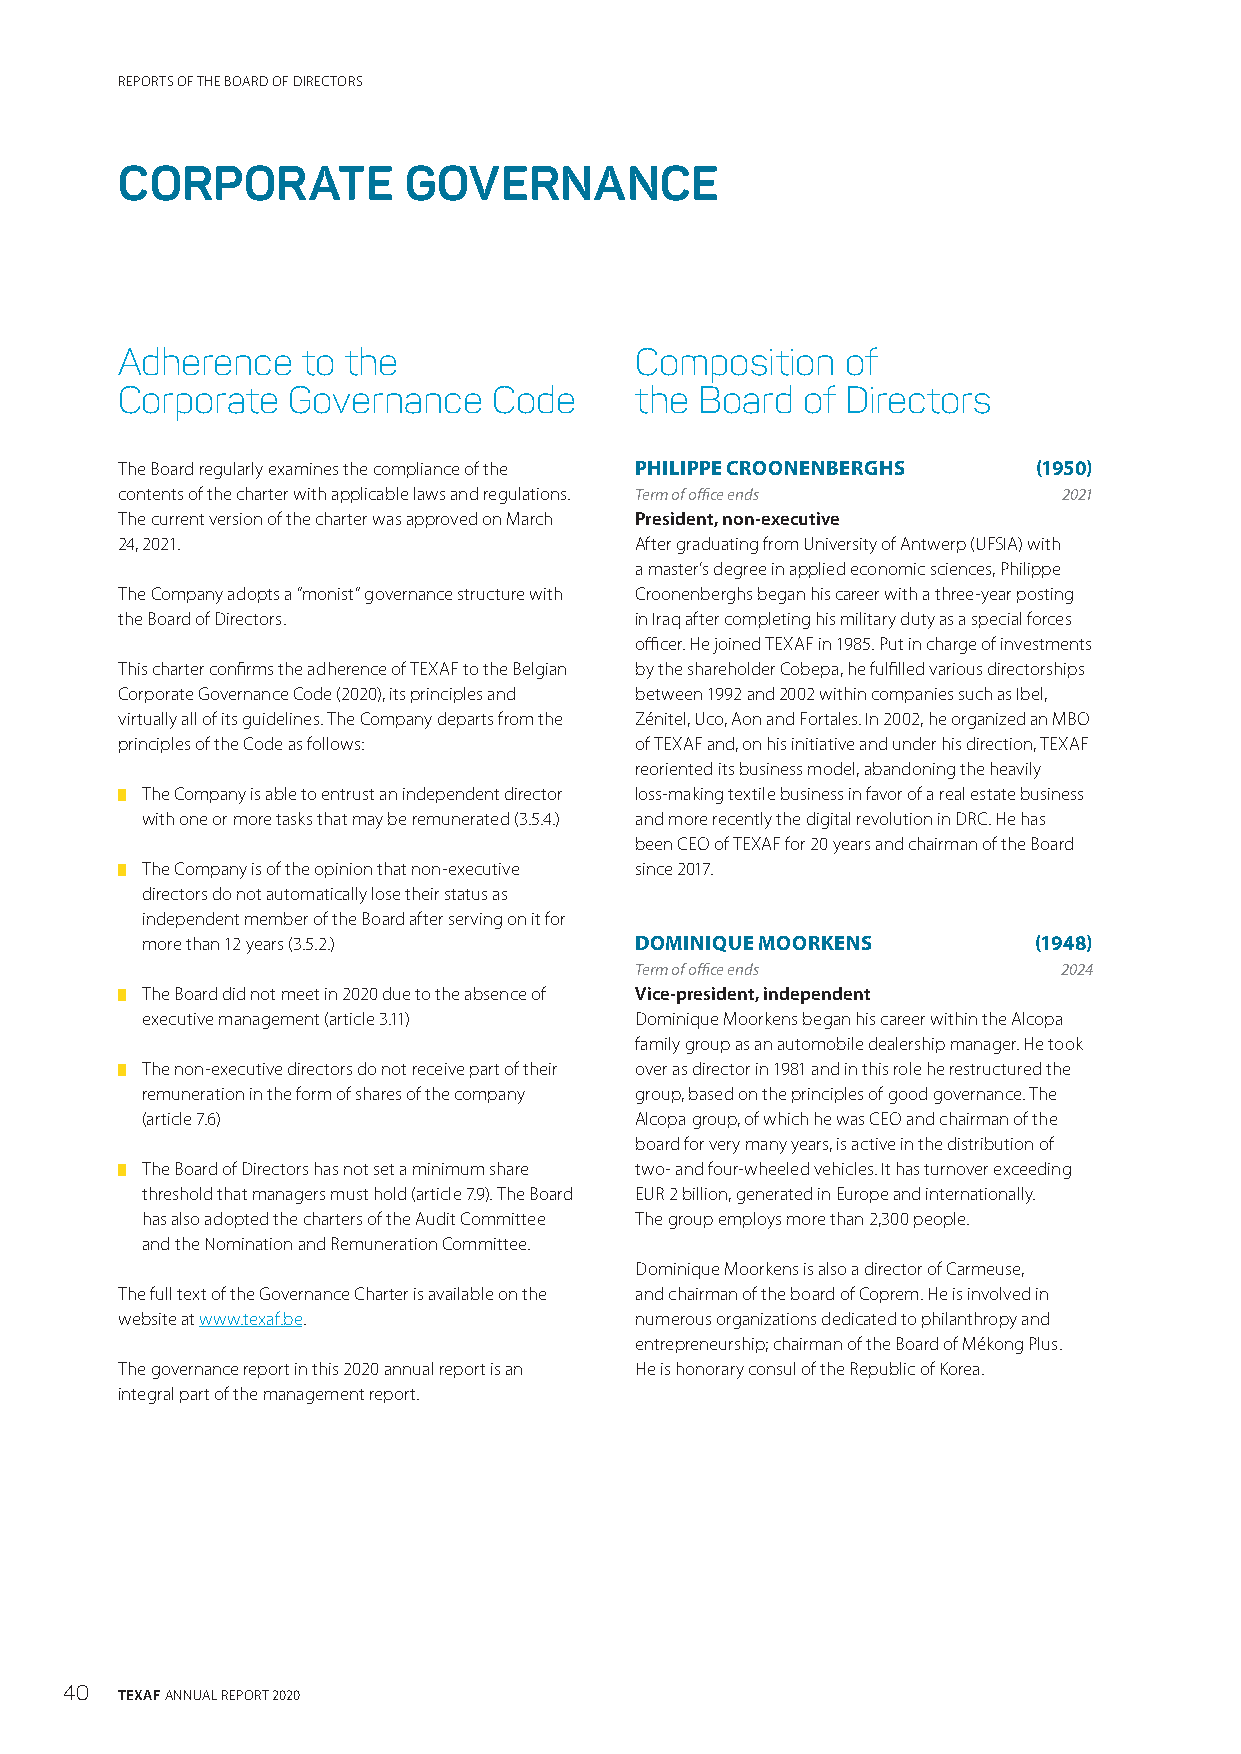
REPORTS OF THE BOARD OF DIRECTORS
 CORPORATE          GOVERNANCE
 Adherence   to the                Composition   of
 Corporate  Governance    Code     the Board  of Directors
 The Board regularly examines the compliance of the PHILIPPE CROONENBERGHS (1950)
 contents of the charter with applicable laws and regulations. Term of office ends 2021
 The current version of the charter was approved on March President, non-executive
 24, 2021.                         After graduating from University of Antwerp (UFSIA) with
 a master’s degree in applied economic sciences, Philippe
 The Company adopts a “monist” governance structure with Croonenberghs began his career with a three-year posting
 the Board of Directors.           in Iraq after completing his military duty as a special forces
 officer. He joined TEXAF in 1985. Put in charge of investments
 This charter confirms the adherence of TEXAF to the Belgian by the shareholder Cobepa, he fulfilled various directorships
 Corporate Governance Code (2020), its principles and between 1992 and 2002 within companies such as Ibel,
 virtually all of its guidelines. The Company departs from the Zénitel, Uco, Aon and Fortales. In 2002, he organized an MBO
 principles of the Code as follows: of TEXAF and, on his initiative and under his direction, TEXAF
 reoriented its business model, abandoning the heavily
 █ The Company is able to entrust an independent director loss-making textile business in favor of a real estate business
 with one or more tasks that may be remunerated (3.5.4.) and more recently the digital revolution in DRC. He has
 been CEO of TEXAF for 20 years and chairman of the Board
 █ The Company is of the opinion that non-executive since 2017.
 directors do not automatically lose their status as
 independent member of the Board after serving on it for
 more than 12 years (3.5.2.)      DOMINIQUE MOORKENS        (1948)
 Term of office ends         2024
 █ The Board did not meet in 2020 due to the absence of Vice-president, independent
 executive management (article 3.11) Dominique Moorkens began his career within the Alcopa
 family group as an automobile dealership manager. He took
 █ The non-executive directors do not receive part of their over as director in 1981 and in this role he restructured the
 remuneration in the form of shares of the company group, based on the principles of good governance. The
 (article 7.6)                    Alcopa group, of which he was CEO and chairman of the
 board for very many years, is active in the distribution of
 █ The Board of Directors has not set a minimum share two- and four-wheeled vehicles. It has turnover exceeding
 threshold that managers must hold (article 7.9). The Board EUR 2 billion, generated in Europe and internationally.
 has also adopted the charters of the Audit Committee The group employs more than 2,300 people.
 and the Nomination and Remuneration Committee.
 Dominique Moorkens is also a director of Carmeuse,
 The full text of the Governance Charter is available on the and chairman of the board of Coprem. He is involved in
 website at www.texaf.be.          numerous organizations dedicated to philanthropy and
 entrepreneurship; chairman of the Board of Mékong Plus.
 The governance report in this 2020 annual report is an He is honorary consul of the Republic of Korea.
 integral part of the management report.
 40  TEXAF ANNUAL REPORT 2020